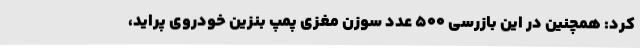
کرد: همچنین در این بازرسی 500 عدد سوزن مغزی پمپ بنزین خودروی پراید،